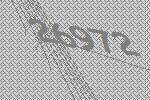
26972